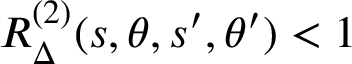
R _ { \Delta } ^ { ( 2 ) } ( s , \theta , s ^ { \prime } , \theta ^ { \prime } ) < 1